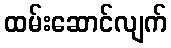
ထမ်းဆောင်လျက်